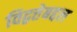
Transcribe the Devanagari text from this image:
विद्वत्तेबद्दल